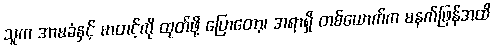
သူက အာမခံနှင့် မာတင့်ကို ထုတ်ဖို့ ပြောတော့၊ အရာရှိ တစ်ယောက်က မနက်ဖြန်အထိ